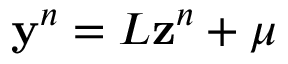
\mathbf { y } ^ { n } = L \mathbf { z } ^ { n } + \mu